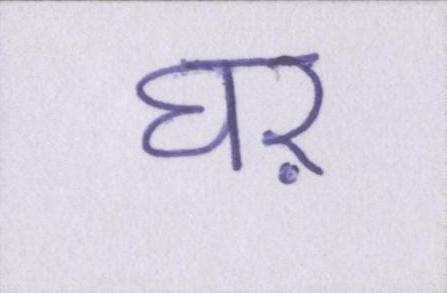
घऱ